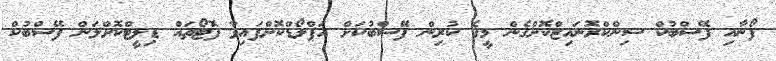
ފޯނާއި ފޭސްބުކް ސިންކްރޮނައިޒްކޮށްގެން މީގެ ކުރިން ފޭސްބުކަށް އަޕްލޯޑްކޮށްފައިވާ ފޮޓޯތައް ޑިލީޓްކޮށްލަން ފޭސްބުކް